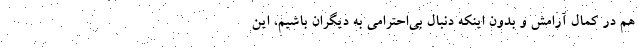
هم در کمال آرامش و بدون اینکه دنبال بی‌احترامی به دیگران باشیم، این